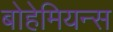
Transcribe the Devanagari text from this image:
बोहेमियन्स